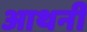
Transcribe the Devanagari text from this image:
आथनी